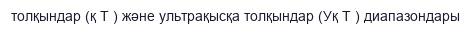
толқындар (қ Т ) және ультрақысқа толқындар (Уқ Т ) диапазондары